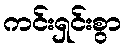
ကင်းရှင်းစွာ